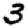
Digit: 3